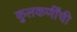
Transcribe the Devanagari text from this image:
कुलकर्णींची